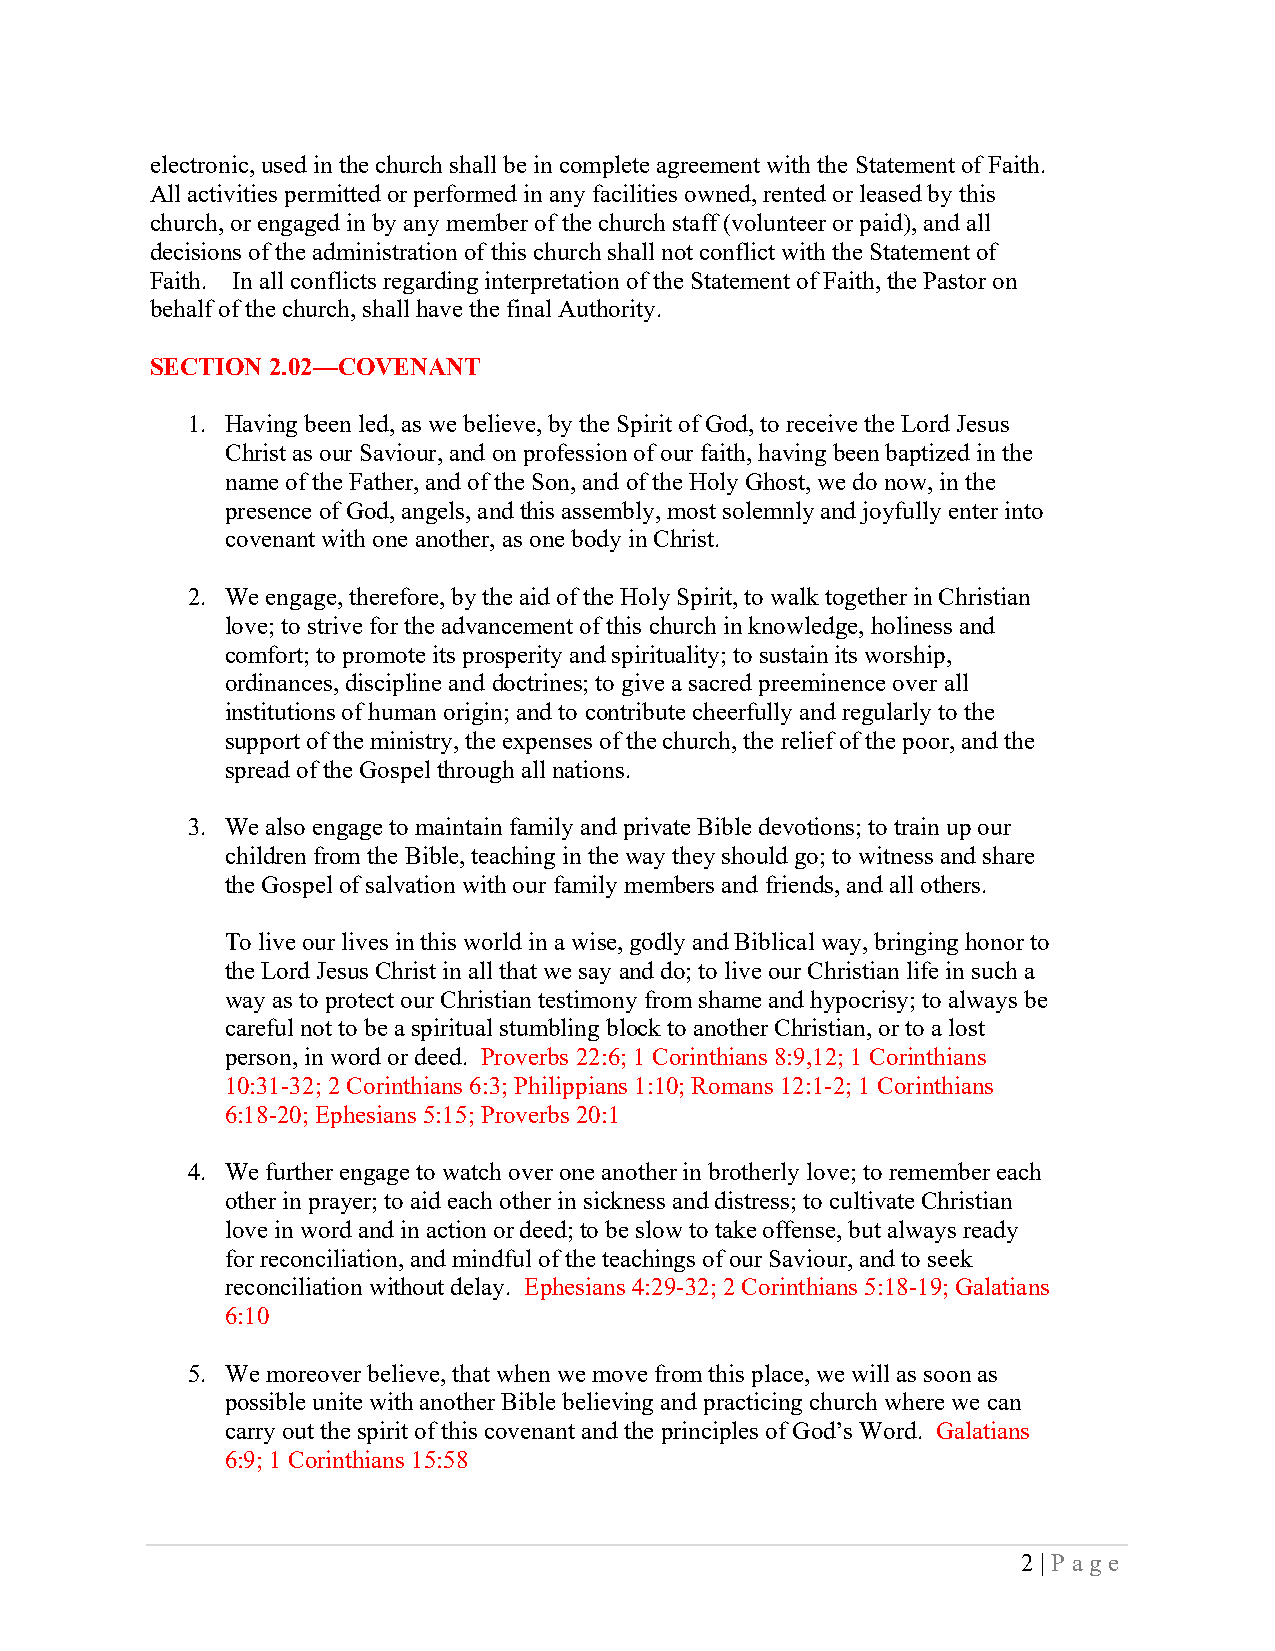
electronic, used in the church shall be in complete agreement with the Statement of Faith.
 All activities permitted or performed in any facilities owned, rented or leased by this
 church, or engaged in by any member of the church staff (volunteer or paid), and all
 decisions of the administration of this church shall not conflict with the Statement of
 Faith. In all conflicts regarding interpretation of the Statement of Faith, the Pastor on
 behalf of the church, shall have the final Authority.
 SECTION 2.02—COVENANT
 1. Having been led, as we believe, by the Spirit of God, to receive the Lord Jesus
 Christ as our Saviour, and on profession of our faith, having been baptized in the
 name of the Father, and of the Son, and of the Holy Ghost, we do now, in the
 presence of God, angels, and this assembly, most solemnly and joyfully enter into
 covenant with one another, as one body in Christ.
 2. We engage, therefore, by the aid of the Holy Spirit, to walk together in Christian
 love; to strive for the advancement of this church in knowledge, holiness and
 comfort; to promote its prosperity and spirituality; to sustain its worship,
 ordinances, discipline and doctrines; to give a sacred preeminence over all
 institutions of human origin; and to contribute cheerfully and regularly to the
 support of the ministry, the expenses of the church, the relief of the poor, and the
 spread of the Gospel through all nations.
 3. We also engage to maintain family and private Bible devotions; to train up our
 children from the Bible, teaching in the way they should go; to witness and share
 the Gospel of salvation with our family members and friends, and all others.
 To live our lives in this world in a wise, godly and Biblical way, bringing honor to
 the Lord Jesus Christ in all that we say and do; to live our Christian life in such a
 way as to protect our Christian testimony from shame and hypocrisy; to always be
 careful not to be a spiritual stumbling block to another Christian, or to a lost
 person, in word or deed. Proverbs 22:6; 1 Corinthians 8:9,12; 1 Corinthians
 10:31-32; 2 Corinthians 6:3; Philippians 1:10; Romans 12:1-2; 1 Corinthians
 6:18-20; Ephesians 5:15; Proverbs 20:1
 4. We further engage to watch over one another in brotherly love; to remember each
 other in prayer; to aid each other in sickness and distress; to cultivate Christian
 love in word and in action or deed; to be slow to take offense, but always ready
 for reconciliation, and mindful of the teachings of our Saviour, and to seek
 reconciliation without delay. Ephesians 4:29-32; 2 Corinthians 5:18-19; Galatians
 6:10
 5. We moreover believe, that when we move from this place, we will as soon as
 possible unite with another Bible believing and practicing church where we can
 carry out the spirit of this covenant and the principles of God’s Word. Galatians
 6:9; 1 Corinthians 15:58
 2 | Page